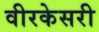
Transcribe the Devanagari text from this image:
वीरकेसरी